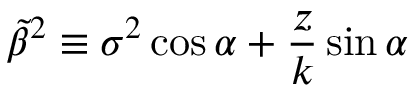
\Tilde { \beta } ^ { 2 } \equiv \sigma ^ { 2 } \cos { \alpha } + \frac { z } { k } \sin { \alpha }